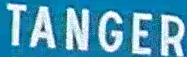
TANGER